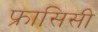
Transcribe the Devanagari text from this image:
फ्रासिसी